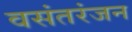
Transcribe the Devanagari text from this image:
वसंतरंजन